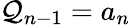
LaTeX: \mathcal{Q}_{n-1}=a_{n}